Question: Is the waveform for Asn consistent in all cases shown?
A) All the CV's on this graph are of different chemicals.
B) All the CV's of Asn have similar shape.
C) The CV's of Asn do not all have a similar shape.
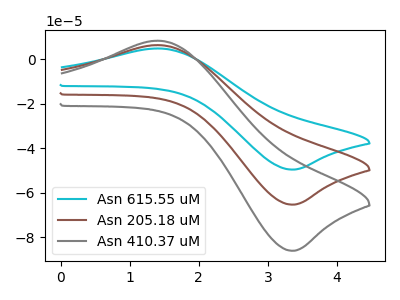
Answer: <think>The cyan curve "Asn 615.55 uM" has an anodic peak at (1.40V, 12.50uA) and a cathodic peak at (3.40V, -130.70uA). The brown curve "Asn 205.18 uM" has an anodic peak at (1.40V, 6.25uA) and a cathodic peak at (3.40V, -65.35uA). The gray curve "Asn 410.37 uM" has an anodic peak at (1.40V, 8.25uA) and a cathodic peak at (3.40V, -86.05uA).
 All the peaks in "Asn 615.55 uM" have a peak in "Asn 205.18 uM" at the same potential. Every peak in "Asn 615.55 uM" is higher than every peak in "Asn 205.18 uM". All the peaks in "Asn 615.55 uM" have a peak in "Asn 410.37 uM" at the same potential. Every peak in "Asn 615.55 uM" is higher than every peak in "Asn 410.37 uM". All the peaks in "Asn 205.18 uM" have a peak in "Asn 410.37 uM" at the same potential. Every peak in "Asn 205.18 uM" is lower than every peak in "Asn 410.37 uM".</think>
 <answer>B) All the CV's of "Asn" have similar shape.</answer>
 <eval>B</eval>